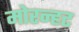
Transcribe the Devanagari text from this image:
मोरन्हट